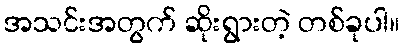
အသင်းအတွက် ဆိုးရွားတဲ့ တစ်ခုပါ။